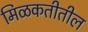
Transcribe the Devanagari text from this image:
मिळकतीतील